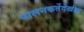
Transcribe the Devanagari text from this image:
पालनकर्तेदेखील